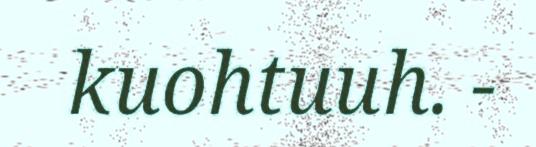
kuohtuuh. -